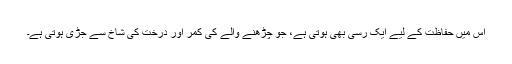
اس میں حفاظت کے لیے ایک رسی بھی ہوتی ہے، جو چڑھنے والے کی کمر اور درخت کی شاخ سے جڑی ہوتی ہے۔